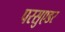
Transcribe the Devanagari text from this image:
परसुएडर